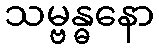
သမ္ဗန္ဓနော